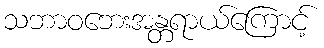
သဘာဝဘေးအန္တရာယ်ကြောင့်